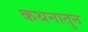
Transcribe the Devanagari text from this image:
कथनातुन